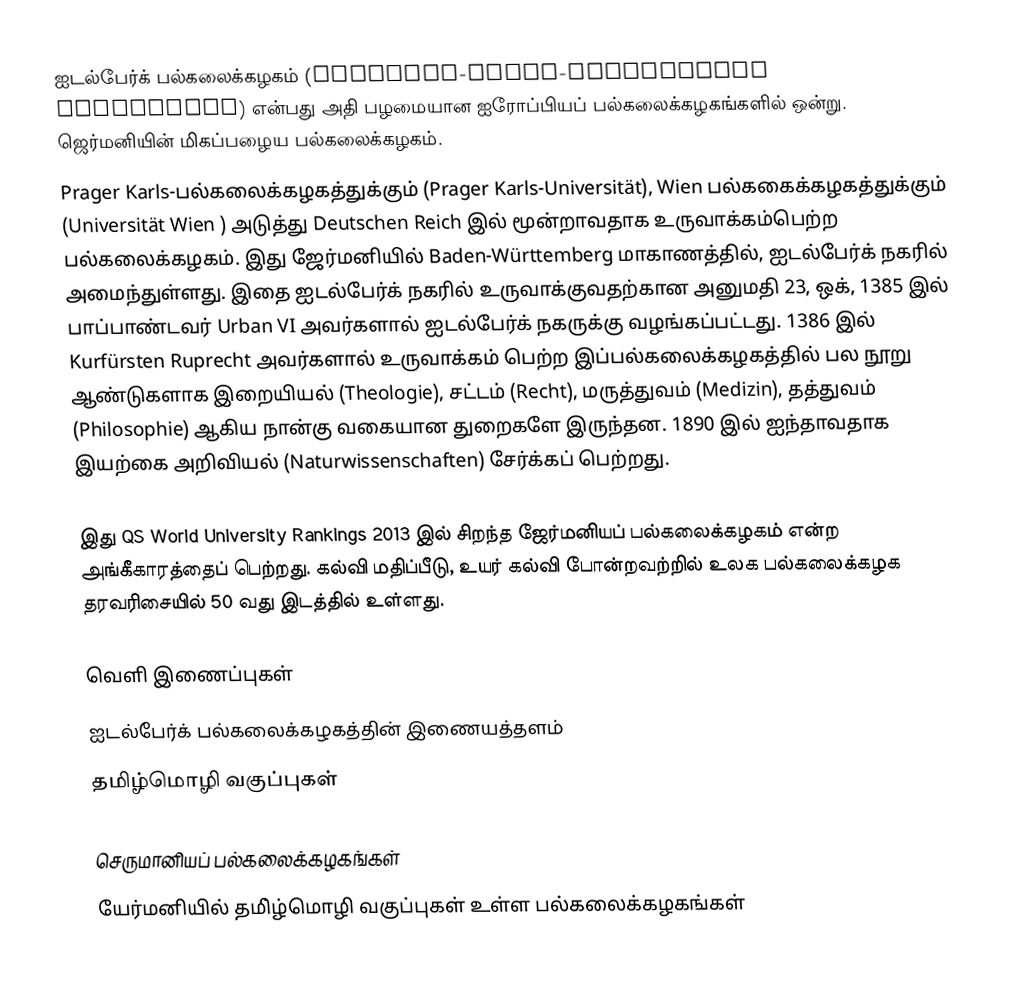
ஐடல்பேர்க் பல்கலைக்கழகம் (Ruprecht-Karls-Universität Heidelberg) என்பது அதி பழமையான ஐரோப்பியப் பல்கலைக்கழகங்களில் ஒன்று. ஜெர்மனியின் மிகப்பழைய பல்கலைக்கழகம்.
Prager Karls-பல்கலைக்கழகத்துக்கும் (Prager Karls-Universität), Wien பல்ககைக்கழகத்துக்கும் (Universität Wien ) அடுத்து Deutschen Reich இல் மூன்றாவதாக உருவாக்கம்பெற்ற பல்கலைக்கழகம். இது ஜேர்மனியில் Baden-Württemberg மாகாணத்தில், ஐடல்பேர்க் நகரில் அமைந்துள்ளது. இதை ஐடல்பேர்க் நகரில் உருவாக்குவதற்கான அனுமதி 23, ஒக், 1385 இல் பாப்பாண்டவர் Urban VI அவர்களால் ஐடல்பேர்க் நகருக்கு வழங்கப்பட்டது. 1386 இல் Kurfürsten Ruprecht அவர்களால் உருவாக்கம் பெற்ற இப்பல்கலைக்கழகத்தில் பல நூறு ஆண்டுகளாக இறையியல் (Theologie), சட்டம் (Recht), மருத்துவம் (Medizin), தத்துவம் (Philosophie) ஆகிய நான்கு வகையான துறைகளே இருந்தன. 1890 இல் ஐந்தாவதாக இயற்கை அறிவியல் (Naturwissenschaften) சேர்க்கப் பெற்றது.

இது QS World University Rankings 2013 இல் சிறந்த ஜேர்மனியப் பல்கலைக்கழகம் என்ற அங்கீகாரத்தைப் பெற்றது.  கல்வி மதிப்பீடு, உயர் கல்வி போன்றவற்றில் உலக பல்கலைக்கழக தரவரிசையில் 50 வது இடத்தில் உள்ளது.

வெளி இணைப்புகள்
 ஐடல்பேர்க் பல்கலைக்கழகத்தின் இணையத்தளம்
 தமிழ்மொழி வகுப்புகள்

செருமானியப் பல்கலைக்கழகங்கள்
யேர்மனியில் தமி்ழ்மொழி வகுப்புகள் உள்ள பல்கலைக்கழகங்கள்